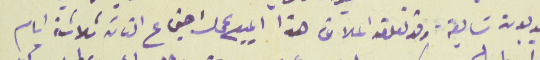
بدلات شايعة وقد تعلق اعلان هذا المبيع عمل اجتماع التامة ثلاثة ايام